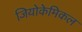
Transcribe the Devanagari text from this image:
जियोकेमिकल